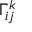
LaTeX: \Gamma _ { i j } ^ { k }